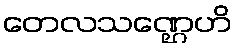
တေလသဏ္ဌေဟိ